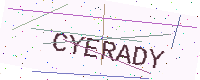
Text: CYERADY